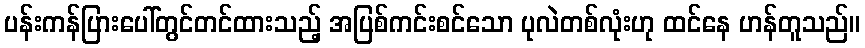
ပန်းကန်ပြားပေါ်တွင်တင်ထားသည့် အပြစ်ကင်းစင်သော ပုလဲတစ်လုံးဟု ထင်နေ ဟန်တူသည်။